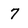
Character: 7